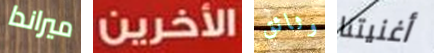
ميراندا الأخرين وثائق أغنيتنا